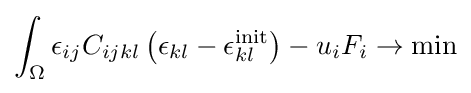
\int _{\Omega }\epsilon _{ij}C_{ijkl}\left(\epsilon _{kl}-\epsilon _{kl}^{\text{init}}\right)-u_{i}F_{i}\rightarrow \min